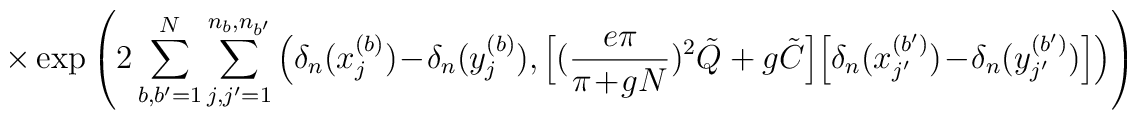
\times \exp \left( 2 \sum_{b,b^\prime=1}^N\sum_{j,j^\prime=1}^{n_b,n_{b^\prime}}\Big( \delta_n(x_j^{(b)})\!-\!\delta_n(y_j^{(b)}),\Big[ (\frac{e \pi}{\pi\!+\!g N})^2 \tilde{Q} + g \tilde{C} \Big]\Big[ \delta_n(x_{j^\prime}^{(b^\prime)})\!-\!\delta_n(y_{j^\prime}^{(b^\prime)}) \Big] \Big) \right)